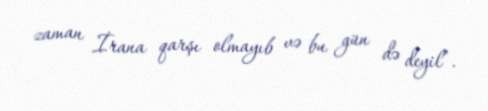
zaman İrana qarşı olmayıb və bu gün də deyil”.